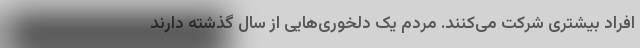
افراد بیشتری شرکت می‌کنند. مردم یک دلخوری‌هایی از سال گذشته دارند